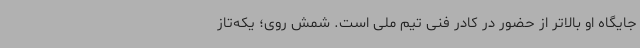
جایگاه او بالاتر از حضور در کادر فنی تیم ملی است. شمش روی؛ یکه‌تاز